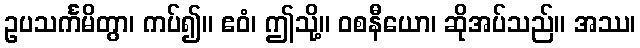
ဥပသင်္ကမိတွာ၊ ကပ်၍။ ဧဝံ၊ ဤသို့။ ဝစနီယော၊ ဆိုအပ်သည်။ အဿ၊